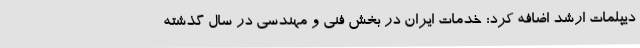
دیپلمات ارشد اضافه کرد: خدمات ایران در بخش فنی و مهندسی در سال گذشته